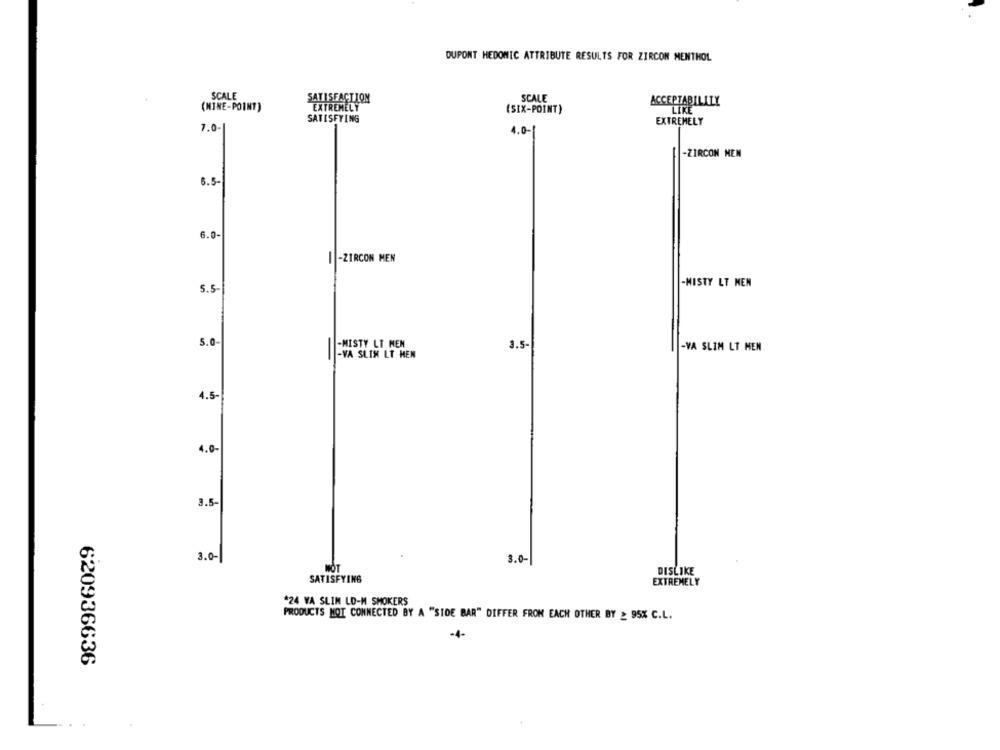
DUPONT HEDONIC ATTRIBUTE RESULTS FOR ZIRCON MENTHOL
SCALE
SCALE
ACCEPTABILITY
(MINE-POINT)
TREMELY
(SIX-POINT)
"LIRE"
SATISFYING
EXTREMELY
7.0-1
4.0-1
-ZIRCON MEN
6.5-
6.0-
-ZIRCON MEN
-
-MISTY LT MEN
5.5-
5.0
-MISTY LT MEN
3.5
-VA SLIM LT HEN
-VA SLIM LT MEN
4.5-
4.0-
3.5-
3.0-
3.0-
DISLIKE
SATISFYING
EXTREMELY
*24 VA SLIM LO-M SMOKERS
PRODUCTS NOT CONNECTED BY A "SIDE BAR" DIFFER FROM EACH OTHER BY _ 95% C.L.
-4-
620936636